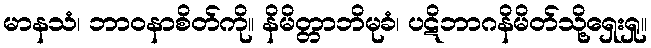
မာနသံ၊ ဘာဝနာစိတ်ကို။ နိမိတ္တာဘိမုခံ၊ ပဋိဘာဂနိမိတ်သို့ရှေးရှု။